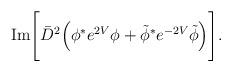
LaTeX: \begin{align*}\mbox{Im}\Bigg[\bar D^2 \Big(\phi^* e^{2V}\phi+ \tilde\phi^* e^{-2V}\tilde\phi\Big)\Bigg].\end{align*}